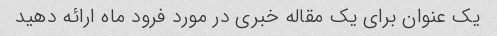
یک عنوان برای یک مقاله خبری در مورد فرود ماه ارائه دهید